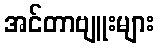
အင်တာဗျူးများ